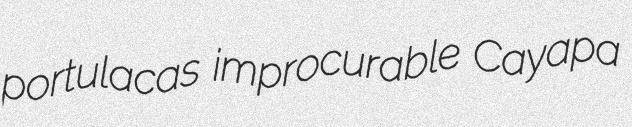
portulacas improcurable Cayapa